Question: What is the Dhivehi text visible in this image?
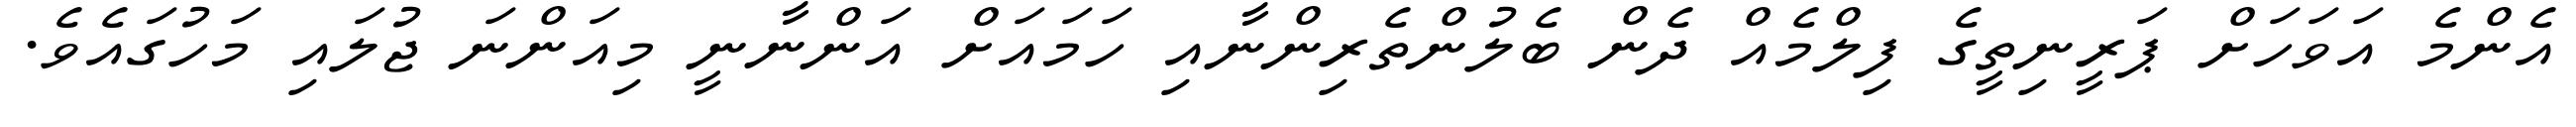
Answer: އެންމެ އަވަހަށް ޕަރީނިތީގެ ފިލްމެއް ދެން ބެލުންތެރިންނާއި ހަމައަށް އަންނާނީ މިއަންނަ ޖުލައި މަހުގައެވެ.